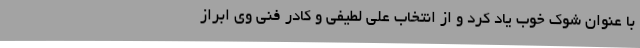
با عنوان شوک خوب یاد کرد و از انتخاب علی لطیفی و کادر فنی وی ابراز